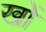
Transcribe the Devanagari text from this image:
खोें